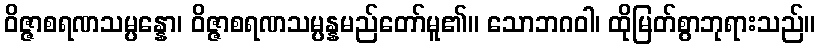
ဝိဇ္ဇာစရဏသမ္ပန္နော၊ ဝိဇ္ဇာစရဏသမ္ပန္နမည်တော်မူ၏။ သောဘဂဝါ၊ ထိုမြတ်စွာဘုရားသည်။